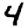
Digit: 4